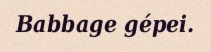
Babbage gépei.